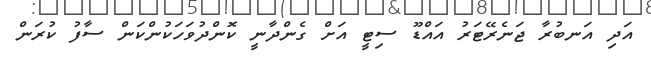
އަދި އަނބުރާ ޖަނެރޭޓަރު އައްޑޫ ސިޓީ އަށް ގެންދާނީ ކޮންދުވަހަކުންކަން ސާފު ކުރަން